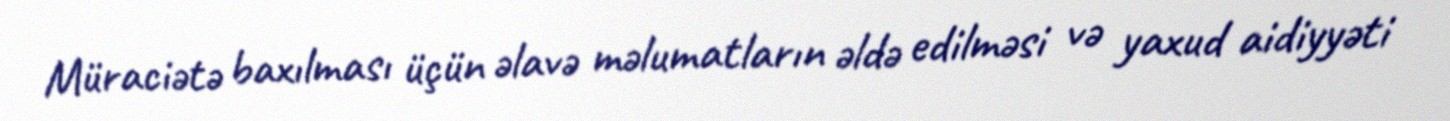
Müraciətə baxılması üçün əlavə məlumatların əldə edilməsi və yaxud aidiyyəti